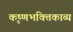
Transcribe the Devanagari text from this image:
कृष्णभक्तिकाव्य